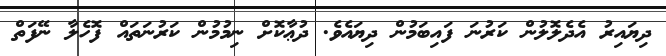
ދިޔައިރު އެދެލޮލުން ކަރުނަ ފައިބަމުން ދިޔައެވެ. ދުޢާކޮށް ނިމުމުން ކަރުނަތައް ފޮހެލާ ނޭފަތް